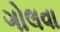
ગોલવા